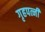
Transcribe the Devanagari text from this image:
गृहपत्नी